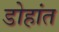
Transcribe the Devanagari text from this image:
डोहांत